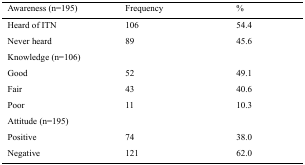
<table><thead><tr><td><b>Awareness (n=195)</b></td><td><b>Frequency</b></td><td><b>%</b></td></tr></thead><tbody><tr><td>Heard of ITN</td><td>106</td><td>54.4</td></tr><tr><td>Never heard</td><td>89</td><td>45.6</td></tr><tr><td>Knowledge (n=106)</td><td></td><td></td></tr><tr><td>Good</td><td>52</td><td>49.1</td></tr><tr><td>Fair</td><td>43</td><td>40.6</td></tr><tr><td>Poor</td><td>11</td><td>10.3</td></tr><tr><td>Attitude (n=195)</td><td></td><td></td></tr><tr><td>Positive Negative</td><td>74 121</td><td>38.0 62.0</td></tr></tbody></table>